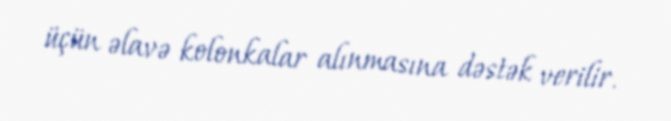
üçün əlavə kolonkalar alınmasına dəstək verilir.